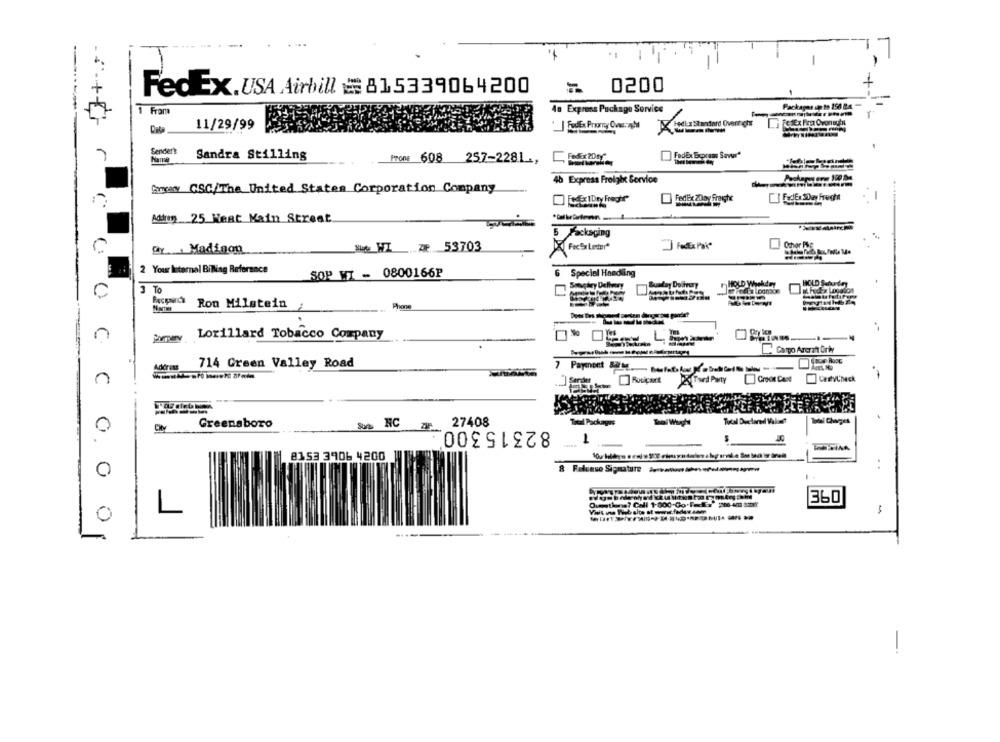
0200
FedEx.USA Airbill # 815339064200
Packages up to 150 B4.
1 From
40 Express Package Service
11/29/99
Sender?
Sandra Stilling
FedEx Boprams Saver"
Name
Prone 608 257-2281,
40 Express Freight Service
Gargery CSC/The United States Corporation Company
Adren 25 Heat Main Street
5 Packaging
Ochor PM
ür Madison
www WI z 53703
C:
2 Your Internal BiNag Reference
SOP WI - 0800166P
6 Special Handling
HOLD Weekday
HOLD Separtey
3 To
Soogary Delivery
Ron Milstein
Phone
n
Lorillard Tobacco Company
Cargo Ararat Ork
714 Green Valley Road
Address
7 Payment 52.feb ------
Thed Party
Groot Cast
CREVUMMER
Greensboro
27408
Total Packagee
Tel Weight
Total Declared Valamit
Total Charges
0
City
Sun NC ZIF
82315300
$
1
8153 3906 4200
..
8 Release Signature -----------
Ovesthans? Call 1-800.00.Fax' pie-4m sot
360
L
-
0